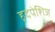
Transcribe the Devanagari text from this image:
हृदपेशिज